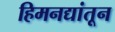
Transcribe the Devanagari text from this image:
हिमनद्यांतून